Trukikaitis_Postimees, lk 71
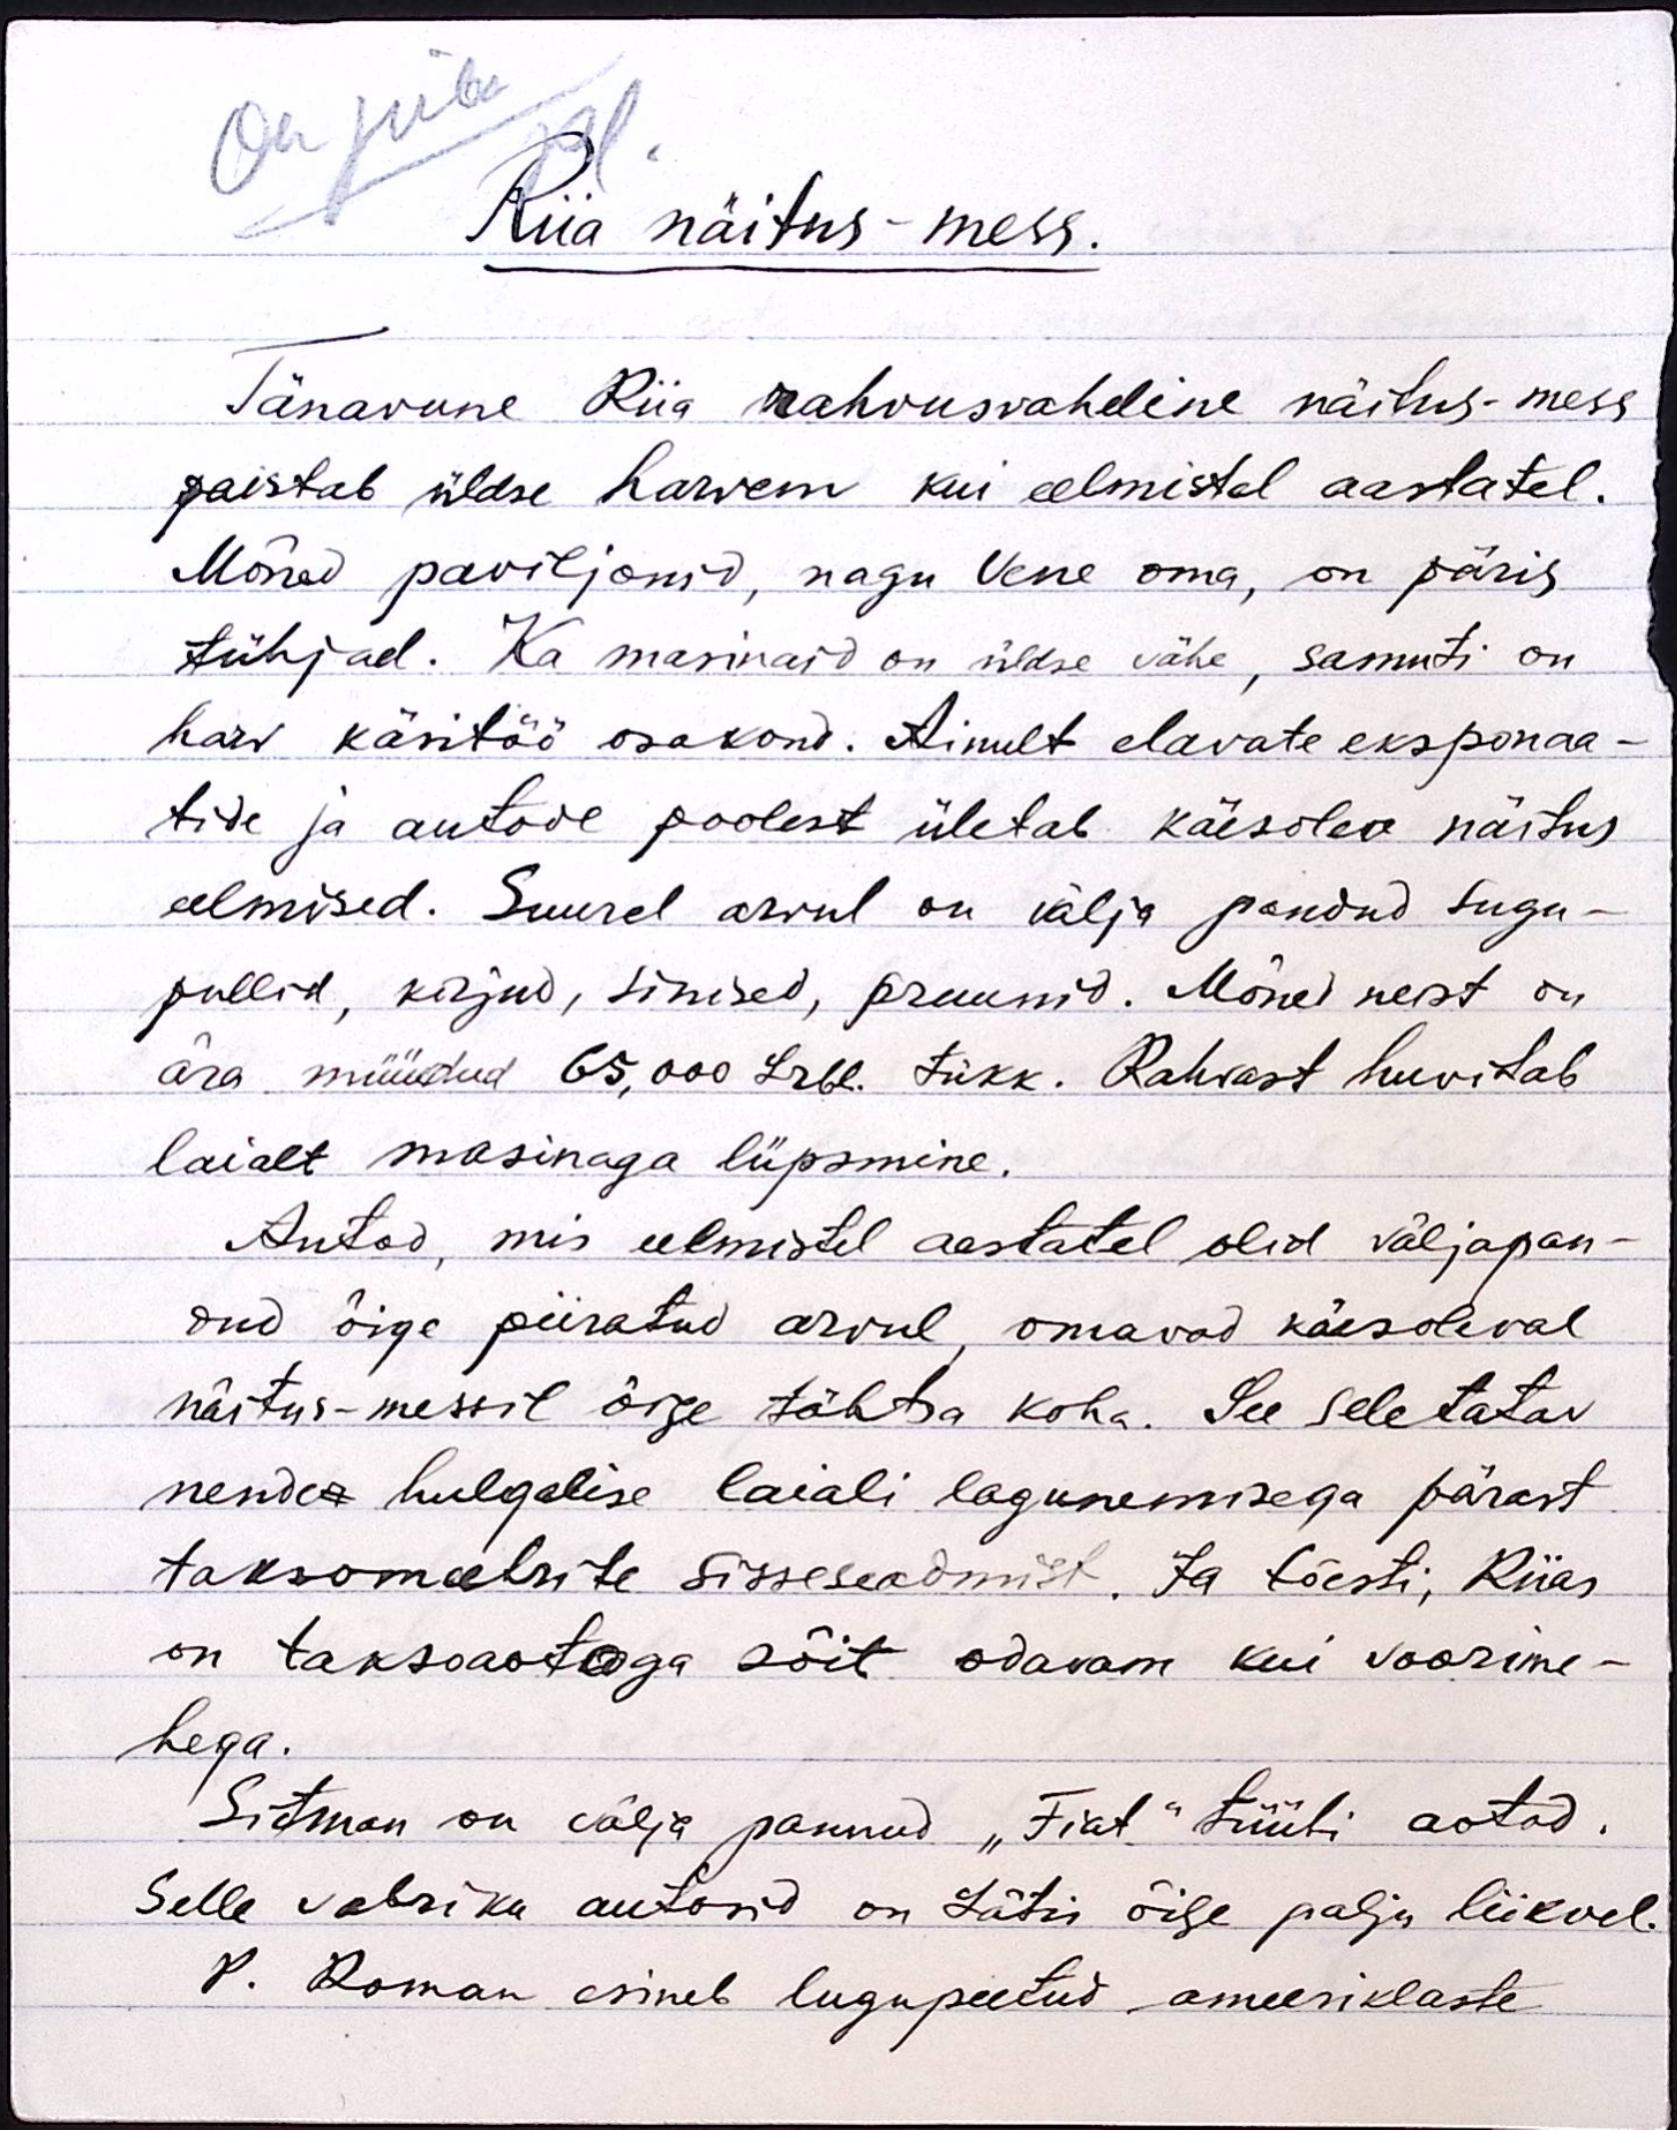
On juba
pl.
Riia näitus-mess.
Tänavune Riia rahvusvaheline näitus-mess
paistab üldse harvem kui eelmistel aastatel.
Mõned paviljonid, nagu Vene oma, on päris
tühjad. Ka masinaid on üldse vähe, samuti on
harv käsitöö osakond. Ainult elavate eksponaa-
tide ja autode poolest ületab käesolev näitus
eelmised. Suurel arvul on välja pandud sugu-
pullid, kirjud, sinised, pruunid. Mõned neist on
ära müüdud 65,000 Lrbl. tükk. Rahvast huvitab
laialt masinaga lüpsmine.
Autod, mis eelmistel aastatel olid väljapan-
dud õige piiratud arvul, omavad käesoleval
näitus-messil õige tähtsa koha. See seletatav
nender hulgalise laiali lagunemisega pärast
taksomeetrite sisseseadmist. Ja tõesti, Riias
on taksoaotoga sõit odavam kui voorime-
hega.
Sitman on välja pannud "Fiat" tüübi aotod.
Selle vabriku autosid on Lätis õige palju liikvel.
P. Roman esineb lugupeetud ameeriklaste